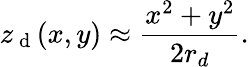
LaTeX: z_{\mathrm{~d~}}(x,y)\approx\frac{x^{2}+y^{2}}{2r_{d}}.